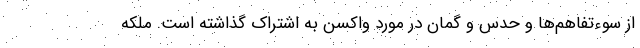
از سوءتفاهم‌ها و حدس و گمان در مورد واكسن به اشتراک گذاشته است. ملکه